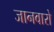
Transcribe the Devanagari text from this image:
जानवारो